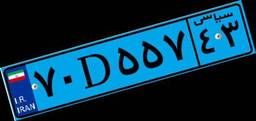
۷۰D۵۵۷۴۳